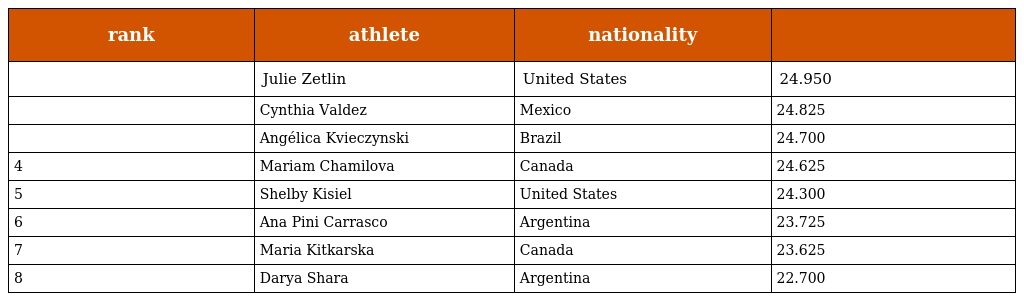
| rank | athlete | nationality |  |
 | --- | --- | --- | --- |
 |  | Julie Zetlin | United States | 24.950 |
 |  | Cynthia Valdez | Mexico | 24.825 |
 |  | Angélica Kvieczynski | Brazil | 24.700 |
 | 4 | Mariam Chamilova | Canada | 24.625 |
 | 5 | Shelby Kisiel | United States | 24.300 |
 | 6 | Ana Pini Carrasco | Argentina | 23.725 |
 | 7 | Maria Kitkarska | Canada | 23.625 |
 | 8 | Darya Shara | Argentina | 22.700 |